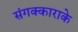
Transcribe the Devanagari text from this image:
संगक्काराके